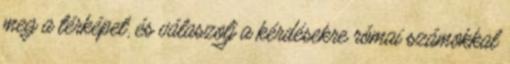
meg a térképet, és válaszolj a kérdésekre római számokkal